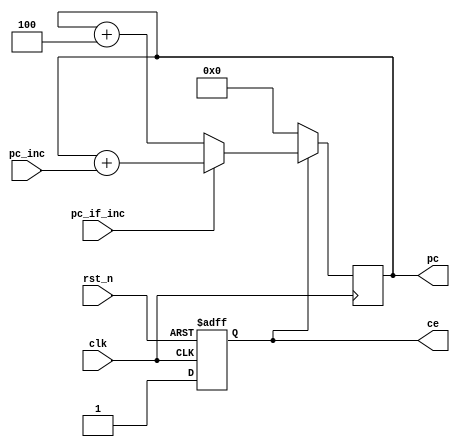
`timescale 1ns / 1ps
//////////////////////////////////////////////////////////////////////////////////
// Company: 
// Engineer: 
// 
// Design Name: 
// Module Name: pc_reg
// Project Name: 
// Target Devices: 
// Tool Versions: 
// Description: 
// 
// Dependencies: 
// 
// Revision:
// Revision 0.01 - File Created
// Additional Comments:
// 
//////////////////////////////////////////////////////////////////////////////////


module pc_reg(
    input              clk,     // clock
    input              rst_n,   // reset
    input [31:0]       pc_inc,  // pc increment
    input              pc_if_inc,  // if increment
    output reg [31:0]  pc,      // program counter
    output reg         ce       // clock enable
    );


// posedge: positive edge, negedge: negative edge
always @ (posedge clk or negedge rst_n) begin
    if(~rst_n)
        ce <= 1'b0;     // reset is active, ce is 0, pc is 0
    else
        ce <= 1'b1;     // reset is inactive, ce is 1, pc is incremented by 4
end


always @ (posedge clk) begin
    if(~ce)
        pc <= 32'b0;
    else
        begin
            pc <= pc + 3'b100;  // pc is incremented by 4
            if(pc_if_inc)
                begin
                    pc <= pc - 3'b100;
                    pc <= pc + pc_inc;
                end
        end

end
endmodule